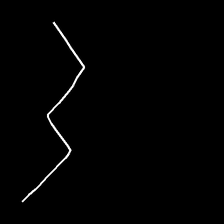
Glyph: crush